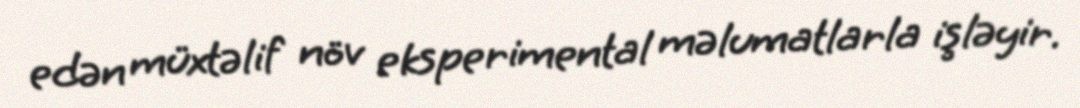
edən müxtəlif növ eksperimental məlumatlarla işləyir.